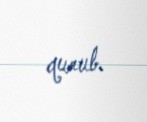
qurub.